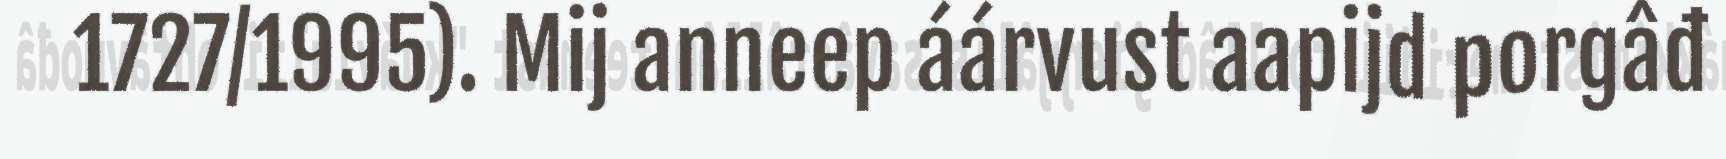
1727/1995). Mij anneep áárvust aapijd porgâđ